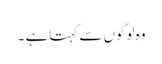
وہ لوگوں سے کہتا ہے ۔